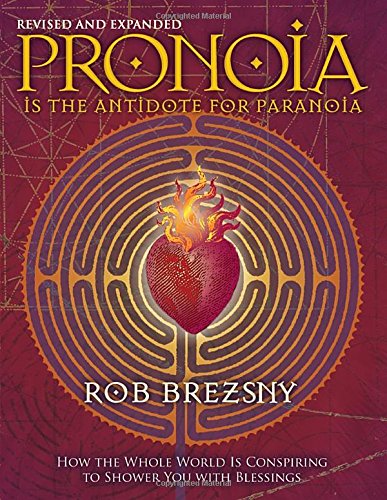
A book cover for Pronoia Is the Antidote for Paranoia, Revised and Expanded: How the Whole World Is Conspiring to Shower You with Blessings; Rob Brezsny; Religion & Spirituality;